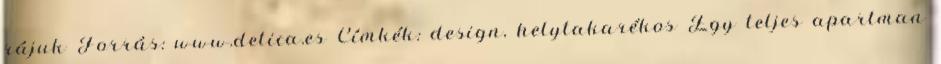
rájuk Forrás: www.delica.es Címkék: design, helytakarékos Egy teljes apartman